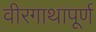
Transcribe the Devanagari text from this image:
वीरगाथापूर्ण